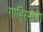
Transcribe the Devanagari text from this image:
गाहिरमाथा